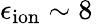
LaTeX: \epsilon_{\mathrm{{ion}}}\sim 8\